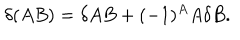
\delta ( A B ) = \delta A B + ( - 1 ) ^ { A } A \delta B .